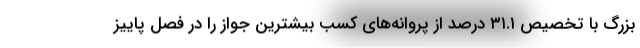
بزرگ با تخصیص ۳۱.۱ درصد از پروانه‌های کسب بیشترین جواز را در فصل پاییز